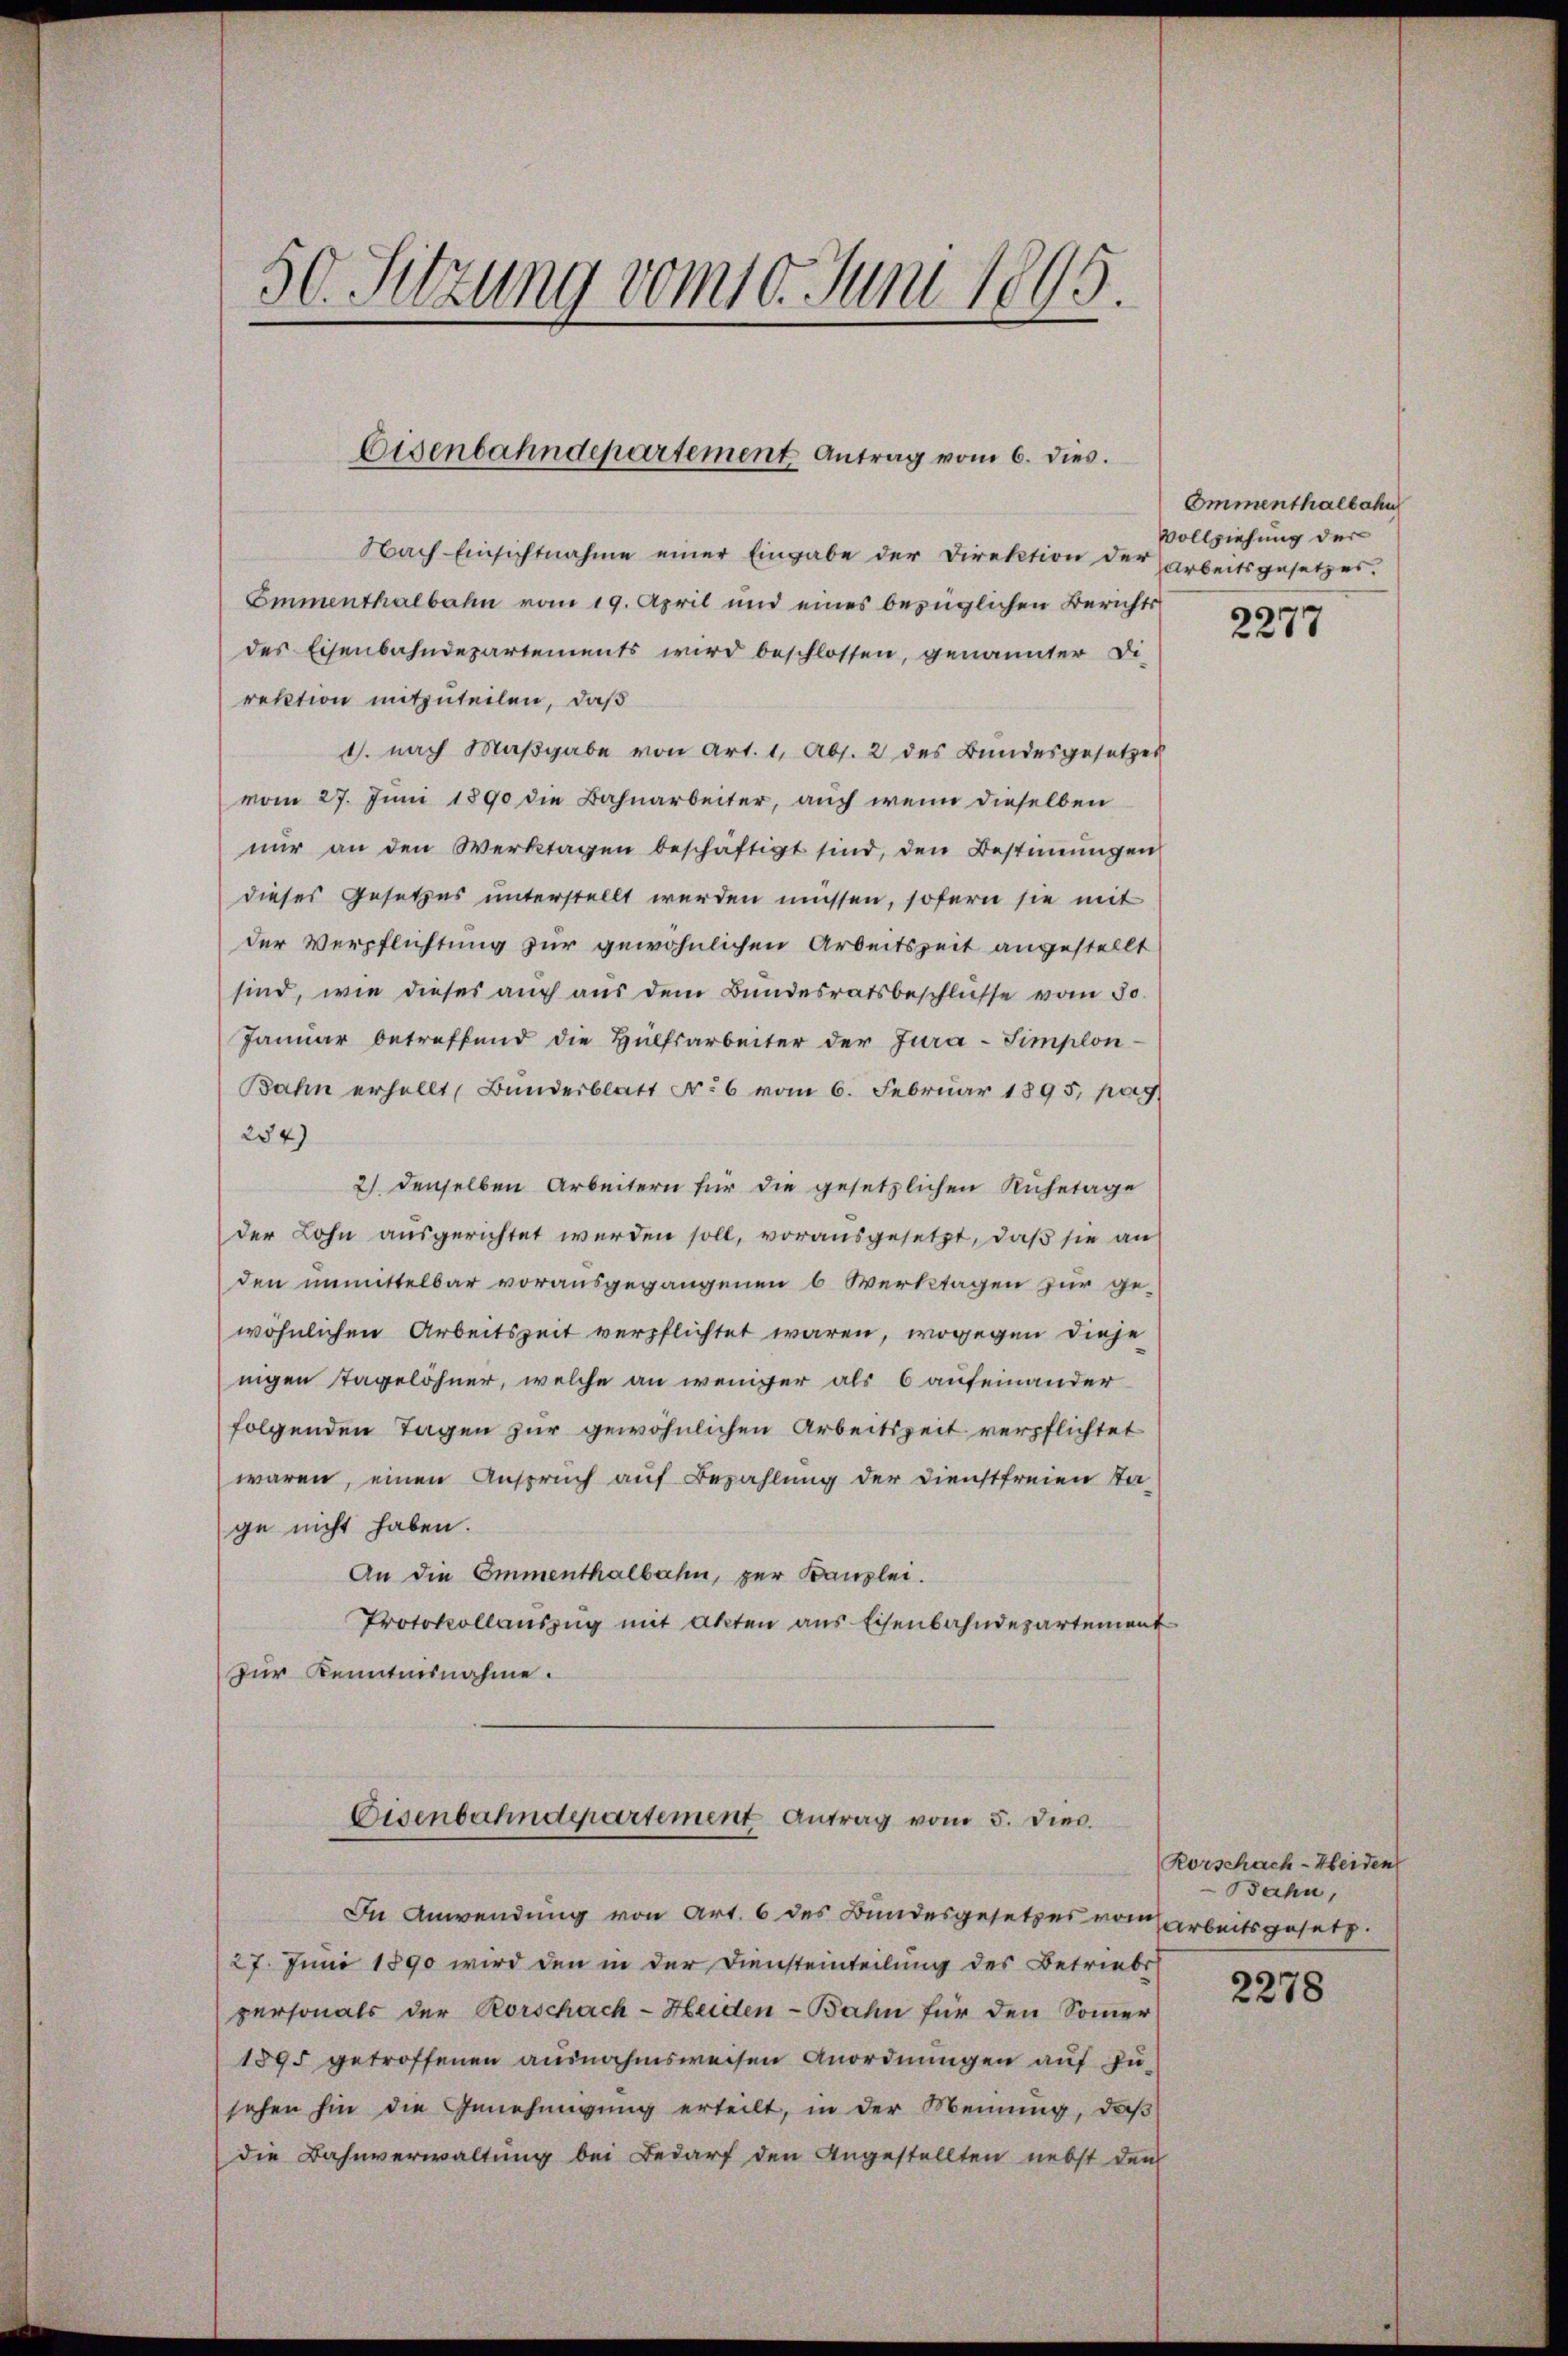
)
50. Sitzung vom 10. Juni 184

Eisenbahndepartement Antrag vom 6. dies.

Nach Einsichtnahme einer Eingabe der Direktion der
Emmenthalbahn vom 19. April und eines bezüglichen Berichts
des Eisenbahndepartements wird beschlossen, genannter Di-
rektion mitzuteilen, daß
1. nach Maßgabe von Art. 1, Abs. 2 des Bundesgesetzes
vom 27. Juni 1890 die Bahnarbeiter, auch wenn dieselben
nŭr an den Werktagen beschäftigt sind, den Bestimungen
dieses Gesetzes unterstellt werden müssen, sofern sie mit
der Verpflichtung zur gewöhnlichen Arbeitszeit angestellt
sind, wie dieses auch aus dem Bundesratsbeschlüsse vom 30.
Januar betreffend die Hülfsarbeiter der Jura-Simplon-
Bahn erhellt, Bunderblatt No 6 vom 6. Februar 1895, pag.
254)
2) denselben Arbeitern für die gesetzlichen Ruhetage
der Lohn ausgerichtet werden soll, vorausgesetzt, daß sie an
den unmittelbar vorausgegangenen 6 Werktagen zur gewöhnlichen Arbeitszeit verpflichtet waren, wogegen diese
nigen Tagelöhner, welche an weniger als 6 aufeinander
folgenden Tagen zur gewöhnlichen Arbeitszeit verpflichtet
waren, einen Anspruch auf Bezahlung der Dienstfreien Sta-
ge nicht haben.
An die Emmenthalbahn, zur Kanzlei.
Protokollauszug mit Akten aus Eisenbahndepartement
Zur Kenntnisnahme.
Eisenbahndepartement Antrag vom 5. dies.
In Anwendung von Art. 6 des Bundesgesetzes vom Arbeitsgesetz.
27. Juni 1890 wird den in der Diensteinteilung des Betriebs
personals der Rorschach-Heiden-Bahn für den Sommer
1895 getroffenen ausnahmsweisen Anordnungen auf zu-
sehen hin die Genehmigung erteilt, in der Meinung, daß
die Bahnverwaltung bei Bedarf den Angestellten nebst den

Ommenthalbahn
Vollziehung der
Arbeitsgesetzes.

2277

Rorschach-Heiden
Bahn,

2278